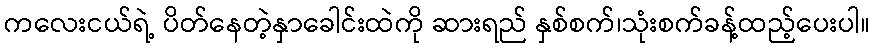
ကလေးငယ်ရဲ့ ပိတ်နေတဲ့နှာခေါင်းထဲကို ဆားရည် နှစ်စက်၊သုံးစက်ခန့်ထည့်ပေးပါ။